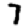
Digit: 7